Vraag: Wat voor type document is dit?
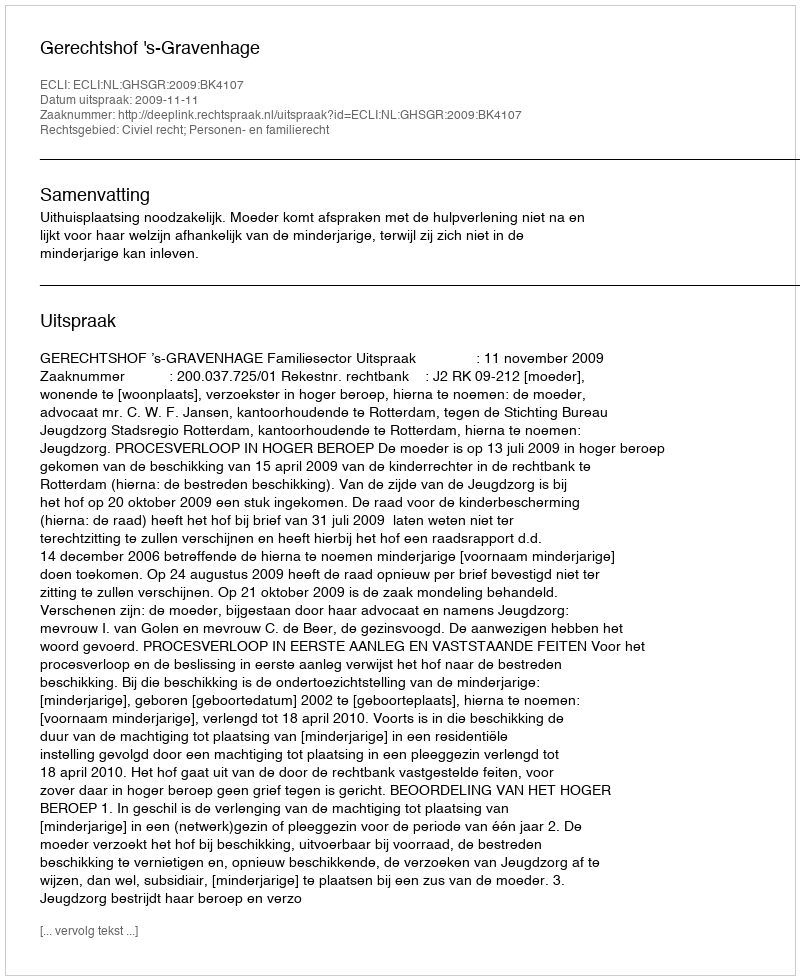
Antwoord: Uitspraak